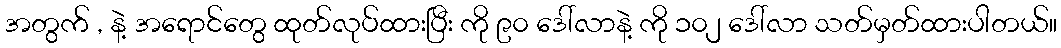
အတွက် , နဲ့ အရောင်တွေ ထုတ်လုပ်ထားပြီး ကို ၉၀ ဒေါ်လာနဲ့ ကို ၁၀၂ ဒေါ်လာ သတ်မှတ်ထားပါတယ်။